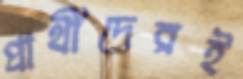
প্রার্থীদেরই